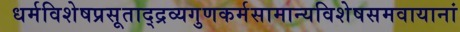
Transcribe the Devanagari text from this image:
धर्मविशेषप्रसूताद्द्रव्यगुणकर्मसामान्यविशेषसमवायानां